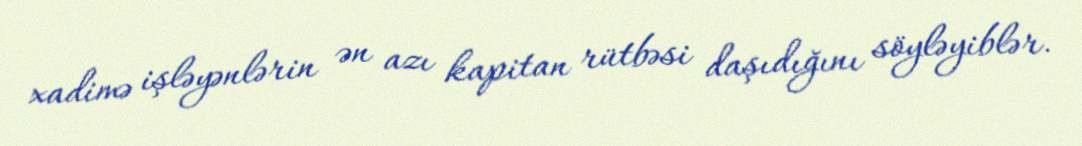
xadimə işləyənlərin ən azı kapitan rütbəsi daşıdığını söyləyiblər.